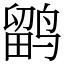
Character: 鹠